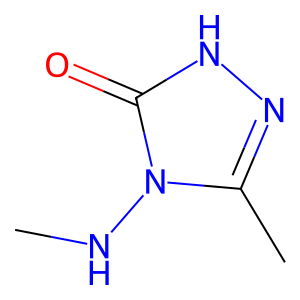
SMILES: CNn1c(C)n[nH]c1=O
Inhibits HIV replication: No